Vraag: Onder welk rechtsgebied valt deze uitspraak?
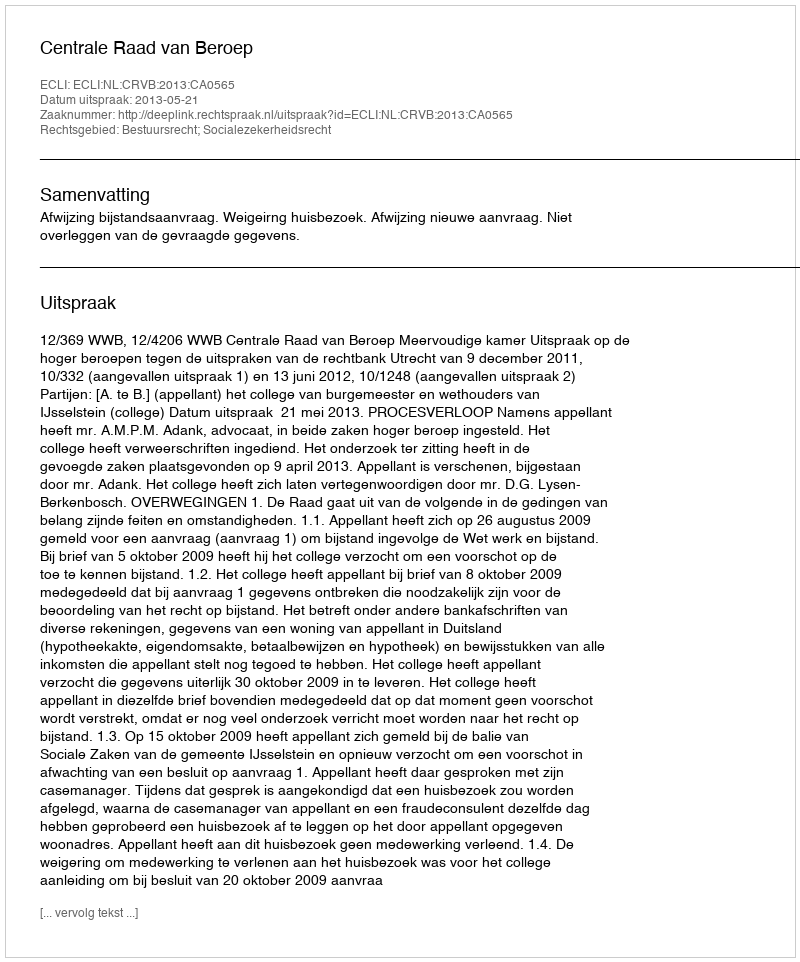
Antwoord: Bestuursrecht; Socialezekerheidsrecht